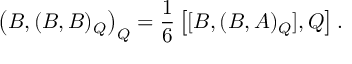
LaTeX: \left( B , ( B , B ) _ { Q } \right) _ { Q } = \frac { 1 } { 6 } \left[ [ B , ( B , A ) _ { Q } ] , Q \right] .